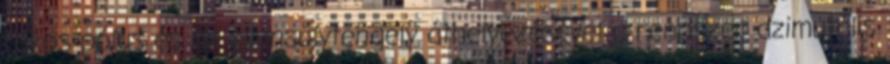
fokos pólus és az ellensúlytengely áthelyezésével a rendszer azimutális